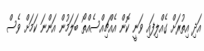
އަދި އިތުރަށް ގެއްލިފައި ވަނީ ކޮން އެއްޗިއްސެއްތޯ ބަލަމުން އަންނަ ކަމަށް ވެސް